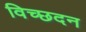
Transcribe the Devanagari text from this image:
विच्छदन